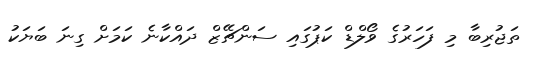
ތަޖުރިބާ މި ފަހަރުގެ ވޯލްޑް ކަޕުގައި ސަންޗޭޒް ދައްކާނެ ކަމަށް ގިނަ ބަޔަކު